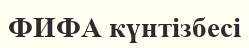
ФИФА күнтізбесі